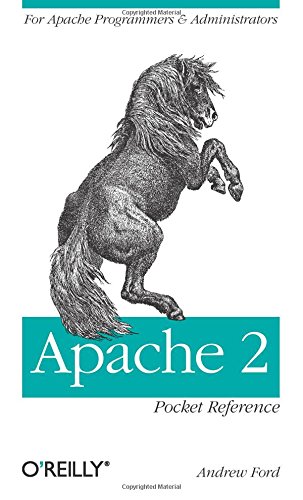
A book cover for Apache 2 Pocket Reference: For Apache Programmers & Administrators (Pocket Reference (O'Reilly)); Andrew Ford; Computers & Technology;